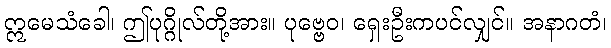
ဣမေသံခေါ၊ ဤပုဂ္ဂိုလ်တို့အား။ ပုဗ္ဗေဝ၊ ရှေးဦးကပင်လျှင်။ အနာဂတံ၊